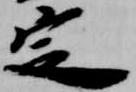
定